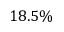
1 8 . 5 \%